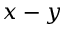
x - y